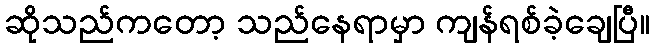
ဆိုသည်ကတော့ သည်နေရာမှာ ကျန်ရစ်ခဲ့ချေပြီ။